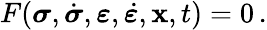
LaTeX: F({\boldsymbol{\sigma}},{\dot{\boldsymbol{\sigma}}},{\boldsymbol{\varepsilon}},{\dot{\boldsymbol{\varepsilon}}},\mathbf{x},t)=0\, .